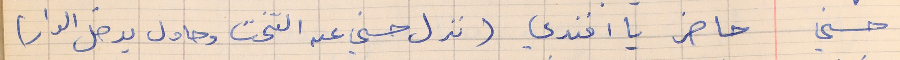
حسني    حاضر يا افندي (نزل حسنى عن التخت وحاول يدخل الدار)